Scottish Leaving Certificate Examination, 1959
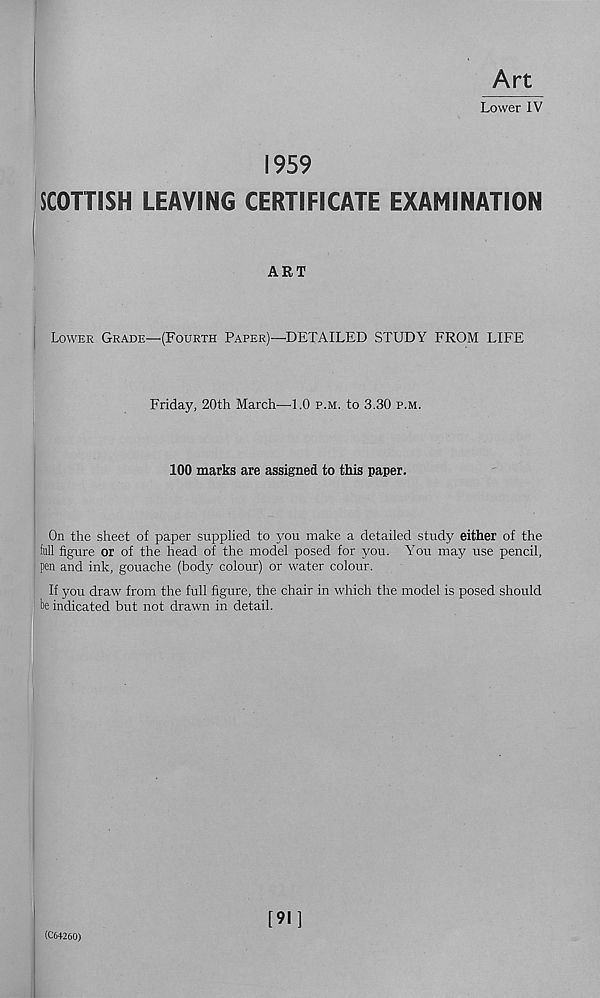
Art
Lower IV
1959
SCOTTISH LEAVING CERTIFICATE EXAMINATION
ART
Lower Grade—(Fourth Paper)—DETAILED STUDY FROM LIFE
Friday, 20th March—1.0 p.m. to 3.30 p.m.
100 marks are assigned to this paper.
On the sheet of paper supplied to you make a detailed study either of the
full figure or of the head of the model posed for you. You may use pencil,
pen and ink, gouache (body colour) or water colour.
If you draw from the full figure, the chair in which the model is posed should
be indicated but not drawn in detail.
(C64260)
[91]